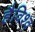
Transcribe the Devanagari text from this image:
हैविश्व